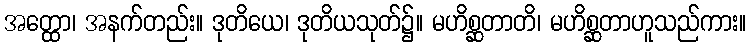
အတ္ထော၊ အနက်တည်း။ ဒုတိယေ၊ ဒုတိယသုတ်၌။ မဟိစ္ဆတာတိ၊ မဟိစ္ဆတာဟူသည်ကား။